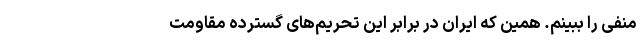
منفی را ببینم. همین که ایران در برابر این تحریم‌های گسترده مقاومت